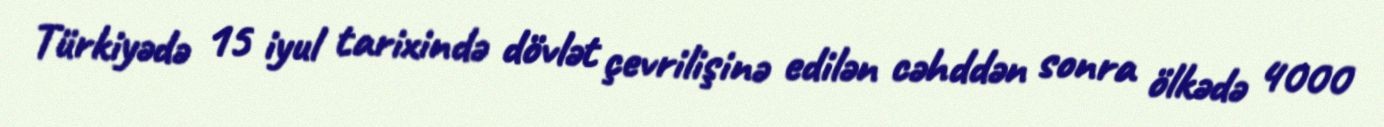
Türkiyədə 15 iyul tarixində dövlət çevrilişinə edilən cəhddən sonra ölkədə 4000